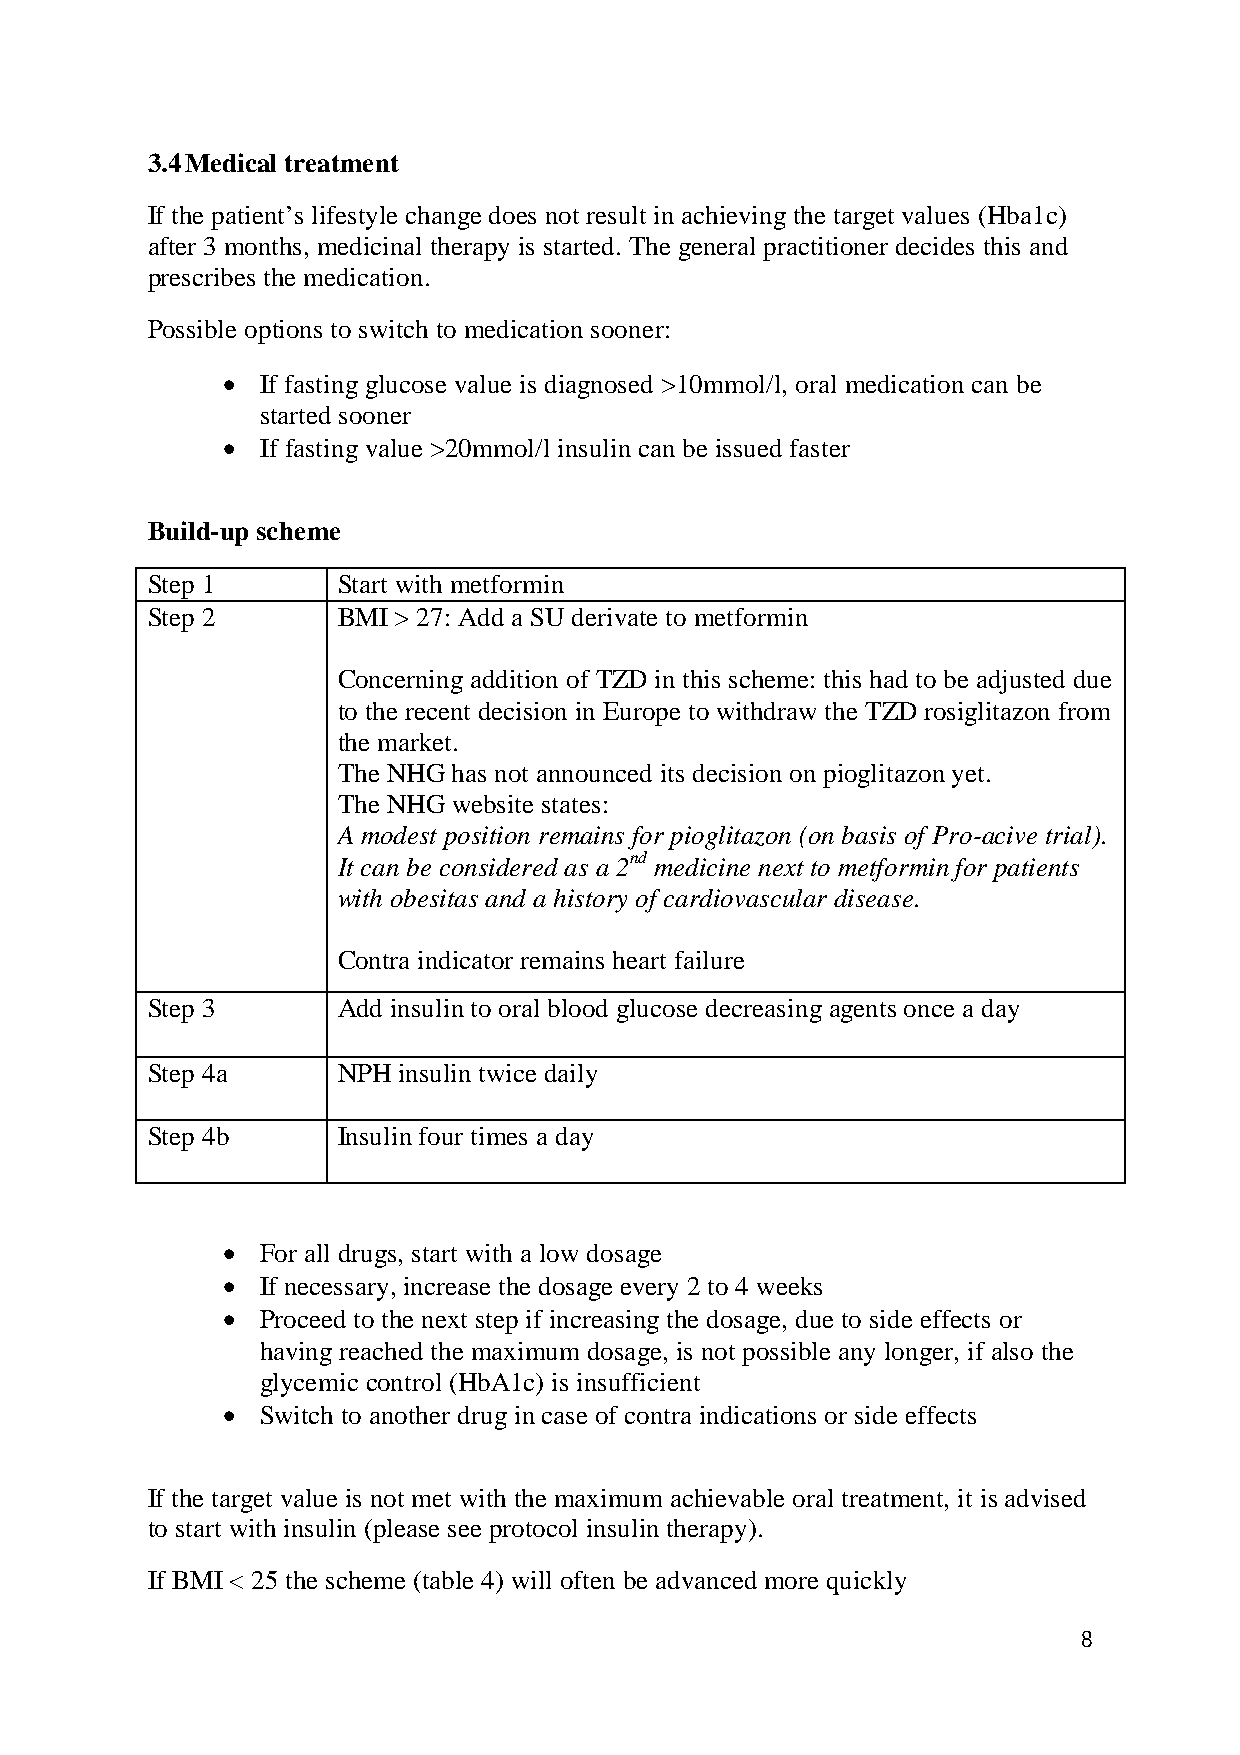
3.4 Medical treatment
 If the patient’s lifestyle change does not result in achieving the target values (Hba1c)
 after 3 months, medicinal therapy is started. The general practitioner decides this and
 prescribes the medication.
 Possible options to switch to medication sooner:
  If fasting glucose value is diagnosed >10mmol/l, oral medication can be
 started sooner
  If fasting value >20mmol/l insulin can be issued faster
 Build-up scheme
 Step 1      Start with metformin
 Step 2      BMI > 27: Add a SU derivate to metformin
 Concerning addition of TZD in this scheme: this had to be adjusted due
 to the recent decision in Europe to withdraw the TZD rosiglitazon from
 the market.
 The NHG has not announced its decision on pioglitazon yet.
 The NHG website states:
 A modest position remains for pioglitazon (on basis of Pro-acive trial).
 It can be considered as a 2nd medicine next to metformin for patients
 with obesitas and a history of cardiovascular disease.
 Contra indicator remains heart failure
 Step 3      Add insulin to oral blood glucose decreasing agents once a day
 Step 4a     NPH insulin twice daily
 Step 4b     Insulin four times a day
  For all drugs, start with a low dosage
  If necessary, increase the dosage every 2 to 4 weeks
  Proceed to the next step if increasing the dosage, due to side effects or
 having reached the maximum dosage, is not possible any longer, if also the
 glycemic control (HbA1c) is insufficient
  Switch to another drug in case of contra indications or side effects
 If the target value is not met with the maximum achievable oral treatment, it is advised
 to start with insulin (please see protocol insulin therapy).
 If BMI < 25 the scheme (table 4) will often be advanced more quickly
 8